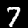
Digit: 7